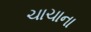
ચાચાના